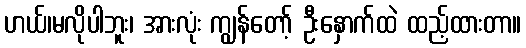
ဟယ်၊မလိုပါဘူး၊ အားလုံး ကျွန်တော့် ဦးနှောက်ထဲ ထည့်ထားတာ။